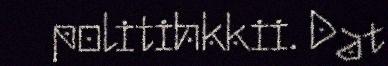
politihkkii. Dat